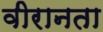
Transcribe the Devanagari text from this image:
वीरानता